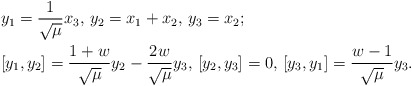
\begin{align*}&y_1=\frac{1}{\sqrt{\mu}} x_3, \, y_2=x_1+x_2, \, y_3=x_2;\\&[y_1,y_2]=\frac{1+w}{\sqrt{\mu}}y_2-\frac{2w}{\sqrt{\mu}}y_3, \,[y_2,y_3]=0, \,[y_3,y_1]=\frac{w-1}{\sqrt{\mu}}y_3.\end{align*}